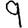
Digit: 9